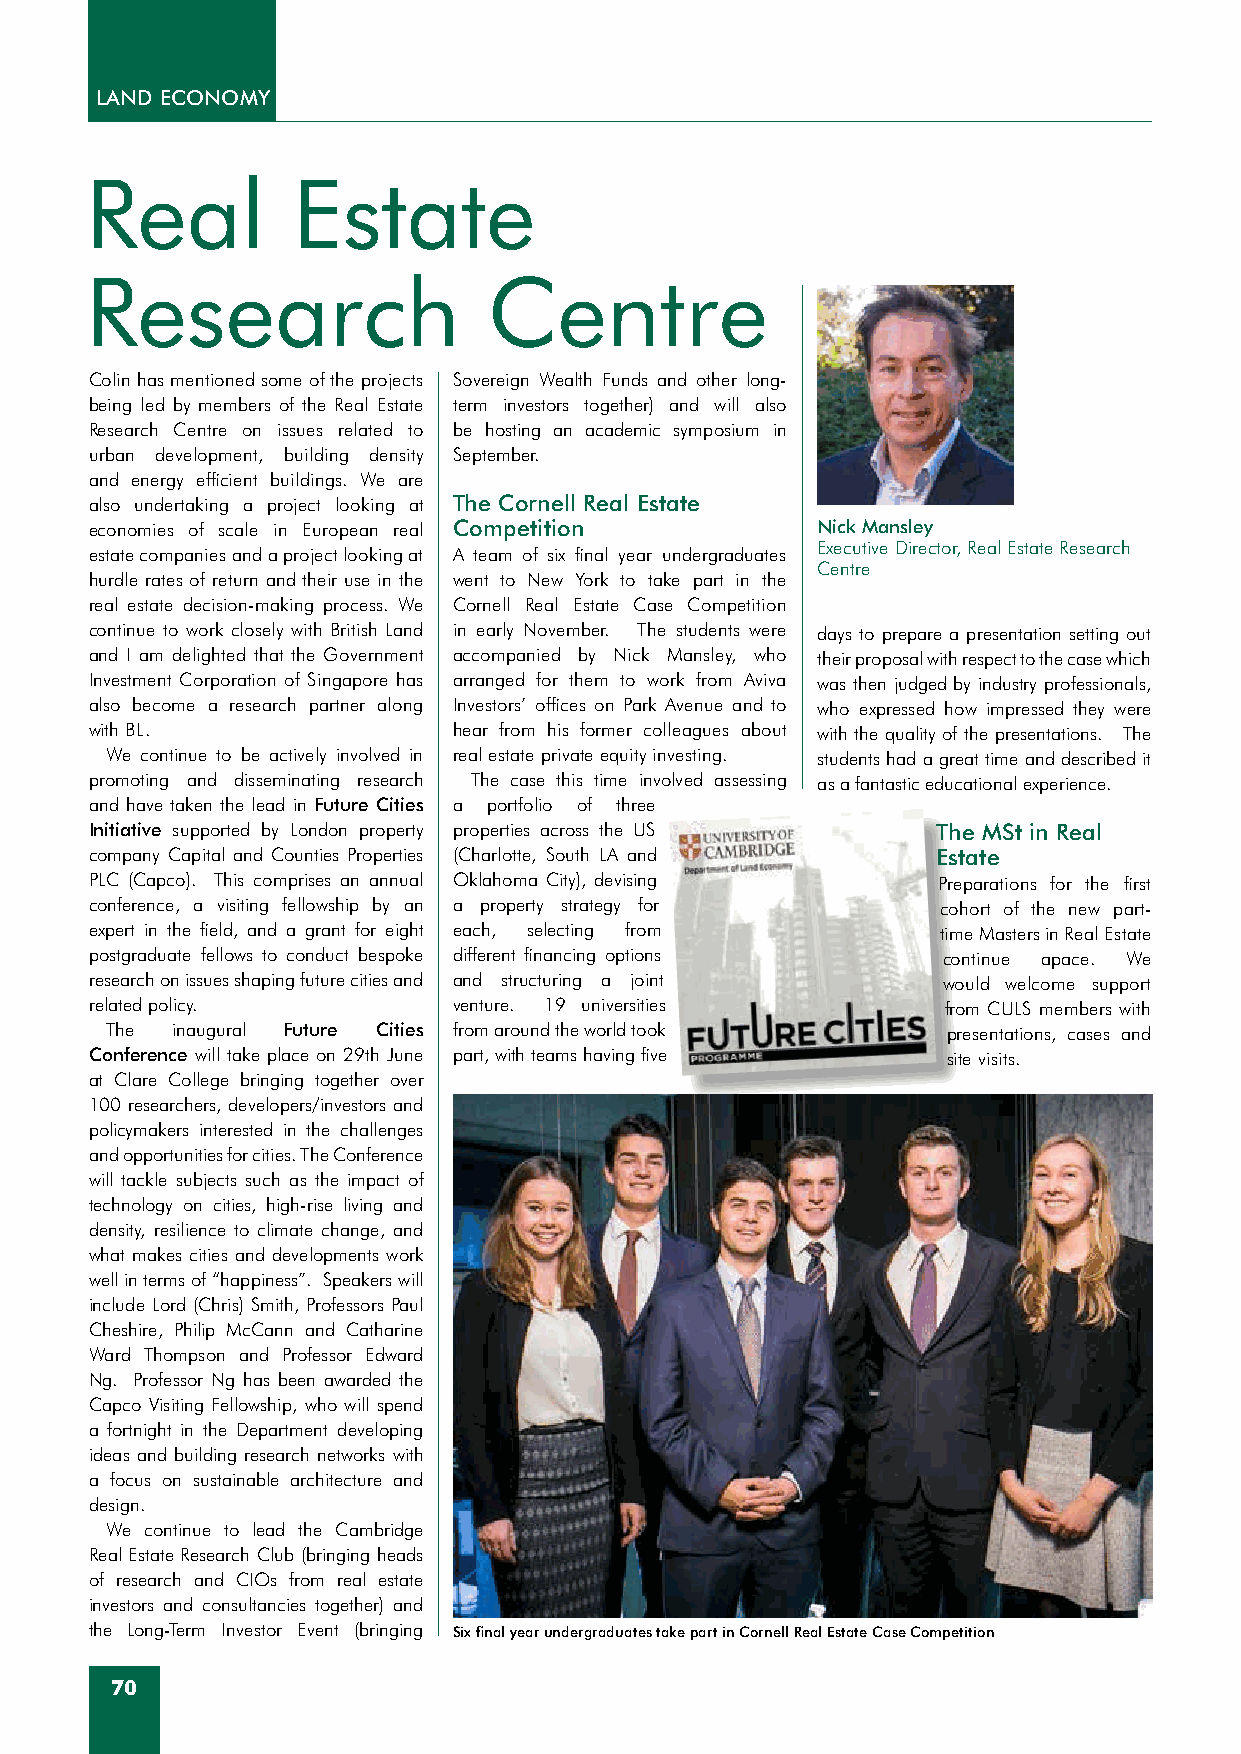
LAND ECONOMy
 Real         Estate
 Research                  Centre
 Colin has mentioned some of the projects Sovereign Wealth Funds and other long-
 being led by members of the Real Estate term investors together) and will also
 Research Centre on issues related to be hosting an academic symposium in
 urban development, building density September.
 and energy efficient buildings. We are
 also undertaking a project looking at The Cornell Real Estate
 economies of scale in European real Competition Nick Mansley
 Executive Director, Real Estate Research
 estate companies and a project looking at A team of six final year undergraduates
 Centre
 hurdle rates of return and their use in the went to New York to take part in the
 real estate decision-making process. We Cornell Real Estate Case Competition
 continue to work closely with British Land in early November. The students were days to prepare a presentation setting out
 and I am delighted that the Government accompanied by Nick Mansley, who their proposal with respect to the case which
 Investment Corporation of Singapore has arranged for them to work from Aviva was then judged by industry professionals,
 also become a research partner along Investors’ offices on Park Avenue and to who expressed how impressed they were
 with BL.                hear from his former colleagues about with the quality of the presentations. The
 We continue to be actively involved in real estate private equity investing. students had a great time and described it
 promoting and disseminating research The case this time involved assessing as a fantastic educational experience.
 and have taken the lead in Future Cities a portfolio of three
 Initiative supported by London property properties across the US The MSt in Real
 company Capital and Counties Properties (Charlotte, South LA and Estate
 PLC (Capco). This comprises an annual Oklahoma City), devising Preparations for the first
 conference, a visiting fellowship by an a property strategy for cohort of the new part-
 expert in the field, and a grant for eight each, selecting from time Masters in Real Estate
 postgraduate fellows to conduct bespoke different financing options continue apace. We
 research on issues shaping future cities and and structuring a joint would welcome support
 related policy.         venture. 19 universities        from CULS members with
 The inaugural Future Cities from around the world took  presentations, cases and
 Conference will take place on 29th June part, with teams having five site visits.
 at Clare College bringing together over
 100 researchers, developers/investors and
 policymakers interested in the challenges
 and opportunities for cities. The Conference
 will tackle subjects such as the impact of
 technology on cities, high-rise living and
 density, resilience to climate change, and
 what makes cities and developments work
 well in terms of “happiness”. Speakers will
 include Lord (Chris) Smith, Professors Paul
 Cheshire, Philip McCann and Catharine
 Ward Thompson and Professor Edward
 Ng. Professor Ng has been awarded the
 Capco Visiting Fellowship, who will spend
 a fortnight in the Department developing
 ideas and building research networks with
 a focus on sustainable architecture and
 design.
 We continue to lead the Cambridge
 Real Estate Research Club (bringing heads
 of research and CIOs from real estate
 investors and consultancies together) and
 the Long-Term Investor Event (bringing Six final year undergraduates take part in Cornell Real Estate Case Competition
 70